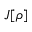
J [ \rho ]